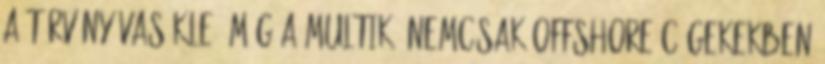
a törvény vasökle, míg a multik, nemcsak offshore cégekekben